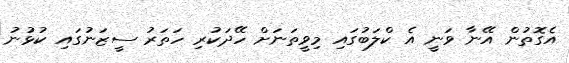
އެގޮތުން އޭނާ ވަނީ އެ ކްލަބުގައި މިވީތަނަށް ހޭދަކުރި ހަތަރު ސީޒަނުގައި ކުޅުނު